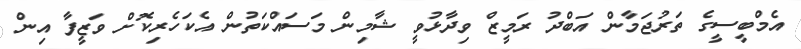
އެމްބީސީގެ ތަރުޖަމާން އަބްދު ރަމީޒް ވިދާޅުވީ ޝާމިން މަސައްކަތުން އެކަހެރިކޮށް ވަޒީފާ އިން